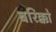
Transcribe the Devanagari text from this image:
बरिक्को